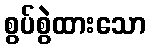
စွပ်စွဲထားသော